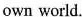
own world.